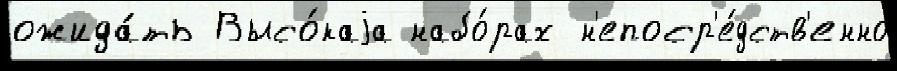
ожида́ть Высо́каjа набо́рах н'епоср'е́дств'енно